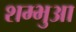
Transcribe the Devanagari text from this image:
शम्भुआ